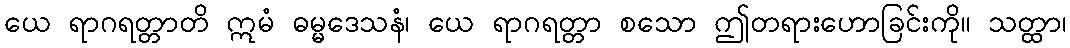
ယေ ရာဂရတ္တာတိ ဣမံ ဓမ္မဒေသနံ၊ ယေ ရာဂရတ္တာ စသော ဤတရားဟောခြင်းကို။ သတ္ထာ၊